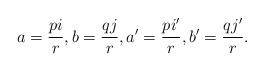
LaTeX: \begin{align*} a = \dfrac{p i}{r}, b = \dfrac{q j}{r}, a' = \dfrac{p i'}{r}, b' = \dfrac{q j'}{r}. \end{align*}